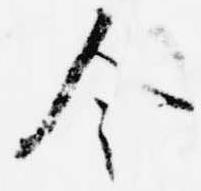
令